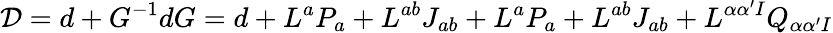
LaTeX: {\cal D}=d+G^{-1}dG=d+L^{a}P_{a}+L^{ab}J_{ab}+L^{a}P_{a}+L^{ab}J_{ab}+L^{\alpha\alpha^{\prime}I}Q_{\alpha\alpha^{\prime}I}